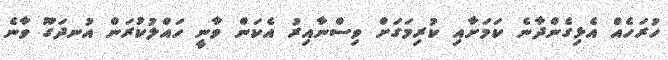
ހުރަހެއް އެޅިގެންދާނެ ކަމަށާއި ކުރިމަގަށް ވިސްނާއިރު އެކަން ވާނީ ހައްލުކުރަން އުނދަގޫ ވާނެ